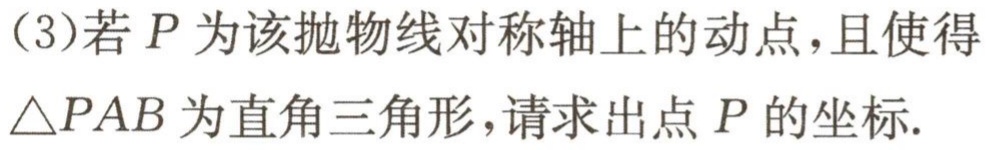
(3)若\(P\)为该抛物线对称轴上的动点，且使得\(\triangle PAB\)为直角三角形，请求出点\(P\)的坐标.